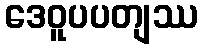
ဒေဝူပပတျဿ